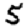
Digit: 5